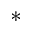
^ *